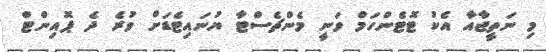
މި ނަތީޖާއާ އެކު ޓޮޓެންހަމް ވަނީ މެންޗެސްޓާ ޔުނައިޓެޑަށް ވުރެ ދެ ޕޮއިންޓް